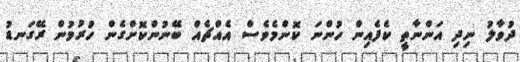
ދުވާލު ނިދި އަންނާތީ ކެފެއިން ހުންނަ ކޮންމެވެސް އެއްޗެއް ބޭނުންކޮށްގެން ހުރުމުން ރޭގަނޑު